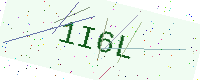
Text: 1I6L